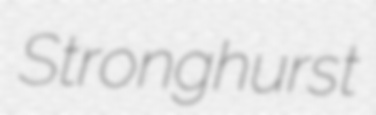
Stronghurst